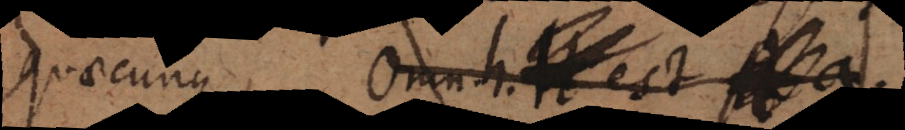
quaecunque Omne H est